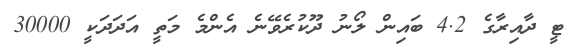
ޓީ ދާއިރާގެ 4.2 ބައިން ލޯނު ދޫކުރެވޭނެ އެންމެ މަތީ އަދަދަކީ 30000